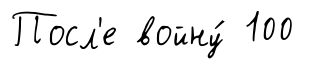
Посл'е войну́ 100